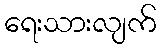
ရေးသားလျက်